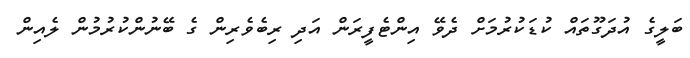
ބަލީގެ އުދަގޫތައް ކުޑަކުރުމަށް ދެވޭ އިންޓެފީރަން އަދި ރިބެވެރިން ގެ ބޭނުންކުރުމުން ލެއިން